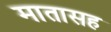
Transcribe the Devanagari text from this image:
मातासह